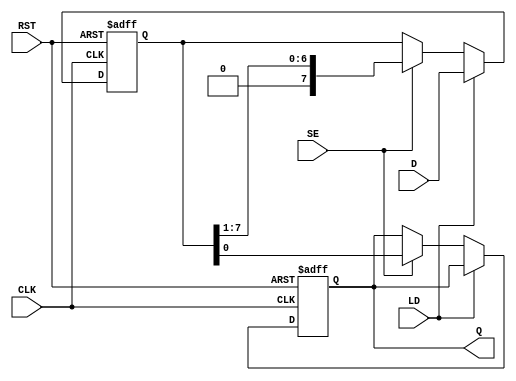
module PISO_Register #(
    parameter WIDTH = 8  // Parameter to define the width of the register
)(
    input wire [WIDTH-1:0] D,   // Parallel data input
    input wire SE,               // Shift Enable
    input wire LD,               // Load
    input wire CLK,              // Clock
    input wire RST,              // Asynchronous Reset
    output reg Q                 // Serial output
);

    // Internal storage for the PISO register
    reg [WIDTH-1:0] shift_reg;

    always @(posedge CLK or posedge RST) begin
        if (RST) begin
            // Asynchronous reset
            shift_reg <= 0;
            Q <= 0;
        end else begin
            if (LD) begin
                // Load new data into the register on the rising edge of the clock
                shift_reg <= D;
            end else if (SE) begin
                // Shift the data to the right
                Q <= shift_reg[0];  // Output the LSB to Q
                shift_reg <= {1'b0, shift_reg[WIDTH-1:1]};  // Shift right and fill MSB with 0
            end
        end
    end

endmodule